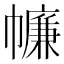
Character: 𢅏